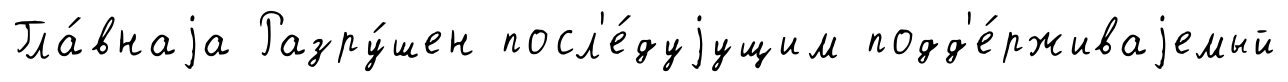
Гла́внаjа Разру́шен посл'е́дуjущим подд'е́рживаjемый